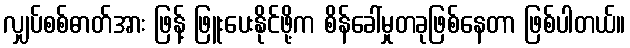
လျှပ်စစ်ဓာတ်အား ဖြန့် ဖြူးပေးနိုင်ဖို့က စိန်ခေါ်မှုတခုဖြစ်နေတာ ဖြစ်ပါတယ်။